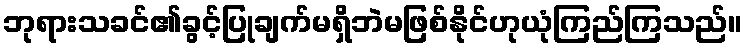
ဘုရားသခင်၏ခွင့်ပြုချက်မရှိဘဲမဖြစ်နိုင်ဟုယုံကြည်ကြသည်။